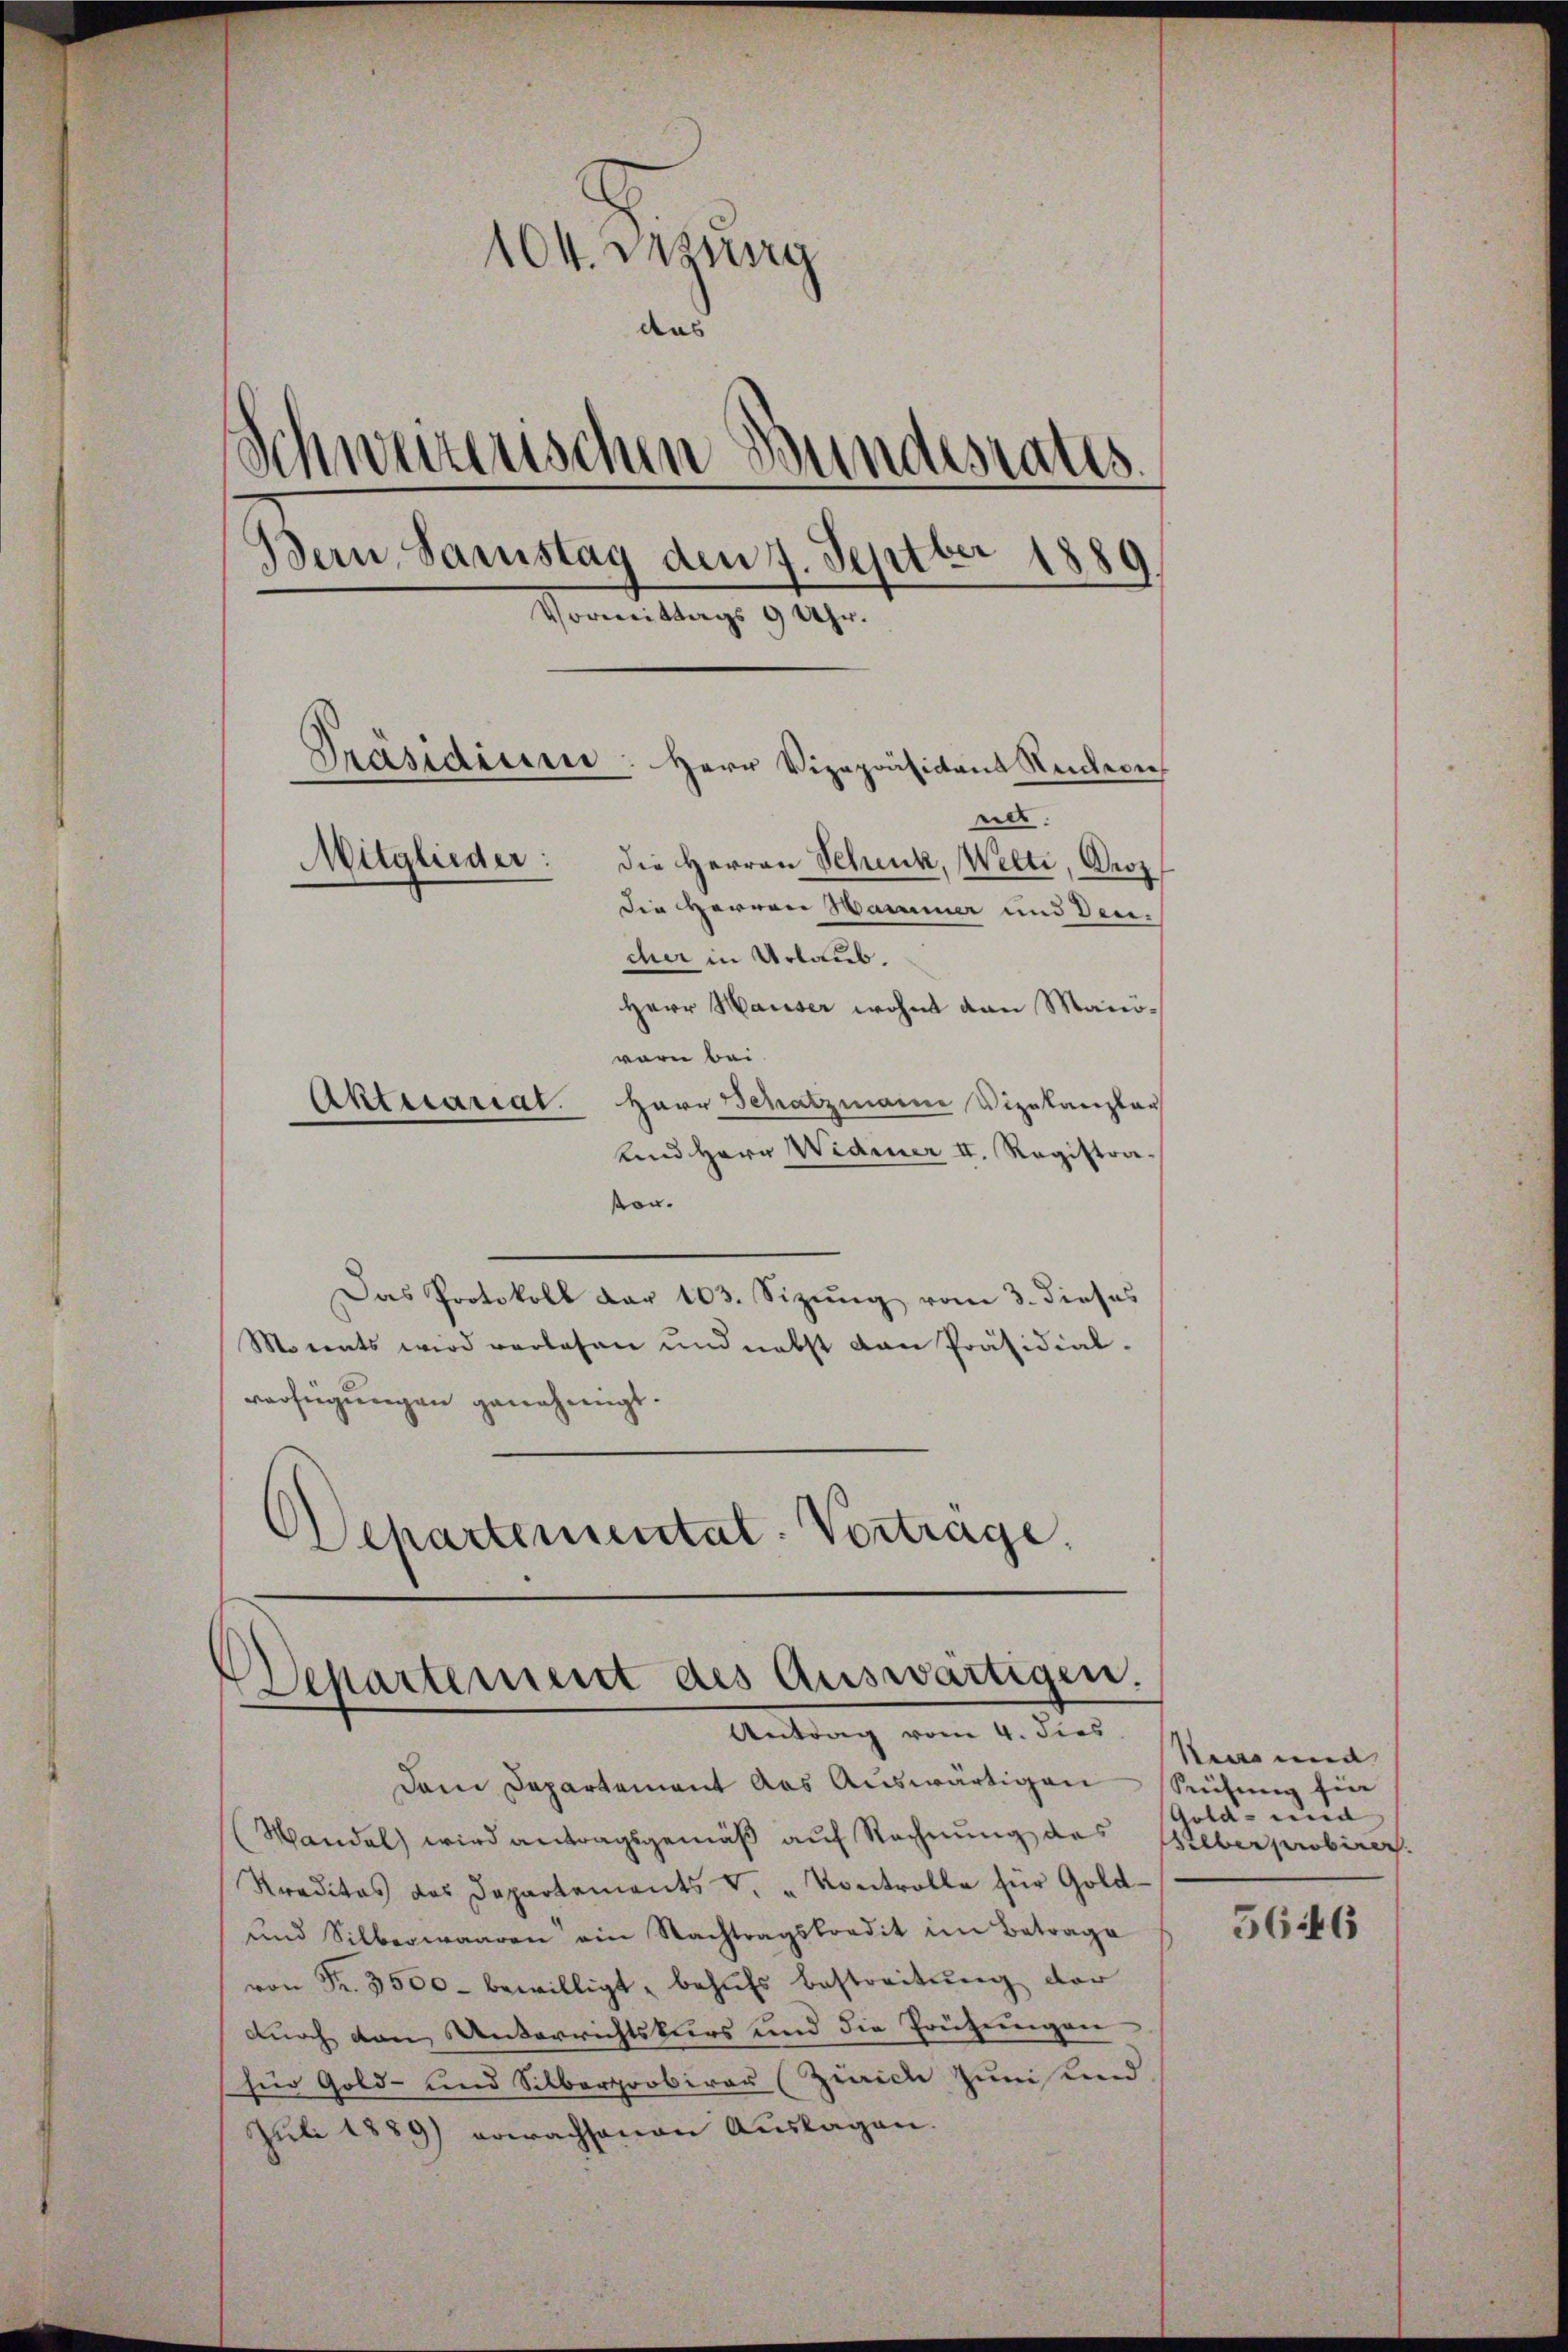
104. Dezung
and
Schwerzenschen Bundesrates.
Bern, Samstag den 7. Septber 1889.
Vormittags 9 Uhr.
Präsidium. Herr Vizepräsidens Reihei
nat.
Mitglieder:
die Herren Schenk, Welti, Proz
Die Herren Hammer und dencher in Urlaub.

Herr Hauser wohnt van Manworn bei.
Aktuariat. Herr Schatzmann Vizekanzler
und Herr Widmer II. Registravon.
Das Protokoll dar 103. Sizung vom 3. dieses
Moments wird verlesen und nebst dan Präsidial-
verfügungen genehmigt.
Ochartementat. Vorträge.

Dem Departement das Auswärtigen Seitung sin
(Wandel wird antragsgemäß auf Rechnung des Weberprobirer.
Kreditas des Departements v. Kontrolle für Gold-
und Silberwaaren ein Nachtragskredit im Betrage
von Fr. 3500 bewilligt, behŭfs bestreitŭng der
durch den Unterrichtskurs und die Prüfungen
für Gold- und Silberprobirer (Zürich zum Kind.
Juli 1889) erwachsenen Auslagen.

Departement des Auswärtigen.
Antrag vom 4. dies

ken und
Gold- und

5646